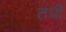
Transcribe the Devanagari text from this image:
तधी